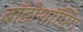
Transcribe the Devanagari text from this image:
बॉडीशॉपिंग